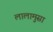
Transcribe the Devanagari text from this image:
लालामुसा